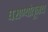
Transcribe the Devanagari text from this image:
घराण्यांतूनच